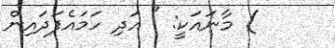
) މާނައަކީ: " އަދި ހަމައެފަދައިން